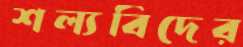
শল্যবিদের